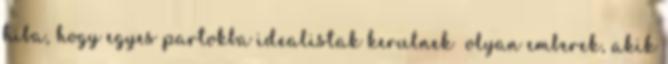
hiba, hogy egyes partokba idealistak kerulnek olyan emberek, akik